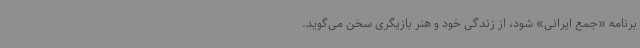
برنامه «جمع ایرانی» شود، از زندگی خود و هنر بازیگری سخن می‌گوید.